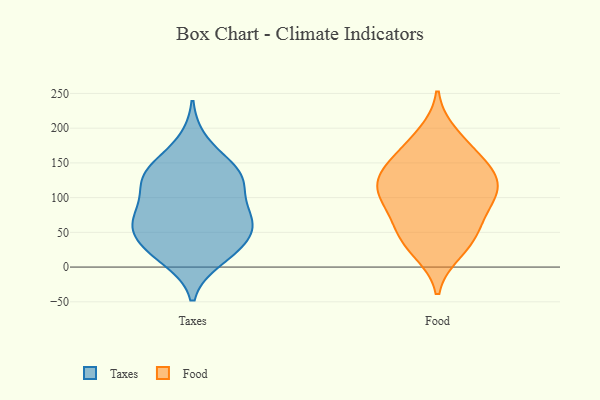
{"axis": {"x": "Headcount", "y": "Value"}, "legend": ["Food", "Taxes"], "data": [{"x": "", "y": 16, "type": "Taxes"}, {"x": "", "y": 138, "type": "Taxes"}, {"x": "", "y": 130, "type": "Taxes"}, {"x": "", "y": 54, "type": "Taxes"}, {"x": "", "y": 29, "type": "Taxes"}, {"x": "", "y": 138, "type": "Taxes"}, {"x": "", "y": 81, "type": "Taxes"}, {"x": "", "y": 57, "type": "Taxes"}, {"x": "", "y": 29, "type": "Taxes"}, {"x": "", "y": 142, "type": "Taxes"}, {"x": "", "y": 57, "type": "Taxes"}, {"x": "", "y": 116, "type": "Taxes"}, {"x": "", "y": 121, "type": "Taxes"}, {"x": "", "y": 11, "type": "Taxes"}, {"x": "", "y": 66, "type": "Taxes"}, {"x": "", "y": 180, "type": "Taxes"}, {"x": "", "y": 91, "type": "Taxes"}, {"x": "", "y": 68, "type": "Taxes"}, {"x": "", "y": 59, "type": "Food"}, {"x": "", "y": 111, "type": "Food"}, {"x": "", "y": 155, "type": "Food"}, {"x": "", "y": 93, "type": "Food"}, {"x": "", "y": 141, "type": "Food"}, {"x": "", "y": 52, "type": "Food"}, {"x": "", "y": 114, "type": "Food"}, {"x": "", "y": 140, "type": "Food"}, {"x": "", "y": 106, "type": "Food"}, {"x": "", "y": 192, "type": "Food"}, {"x": "", "y": 27, "type": "Food"}, {"x": "", "y": 178, "type": "Food"}, {"x": "", "y": 22, "type": "Food"}, {"x": "", "y": 89, "type": "Food"}, {"x": "", "y": 143, "type": "Food"}, {"x": "", "y": 114, "type": "Food"}, {"x": "", "y": 51, "type": "Food"}]}